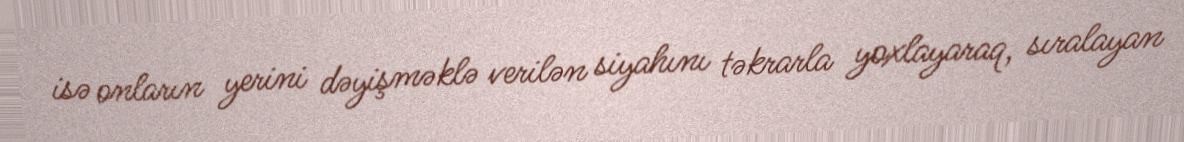
isə onların yerini dəyişməklə verilən siyahını təkrarla yoxlayaraq, sıralayan